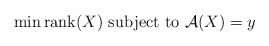
LaTeX: \begin{align*}\min \operatorname{rank}(X) \mbox{ subject to } {\mathcal A}(X) = y\end{align*}